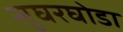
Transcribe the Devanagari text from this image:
सुघरघोडा